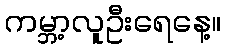
ကမ္ဘာ့လူဦးရေနေ့။